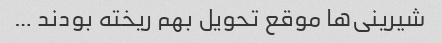
شیرینی‌ها موقع تحویل بهم ریخته بودند …